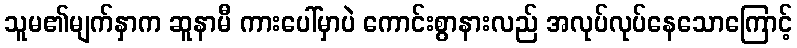
သူမ၏မျက်နှာက ဆူနာမီ ကားပေါ်မှာပဲ ကောင်းစွာနားလည် အလုပ်လုပ်နေသောကြောင့်